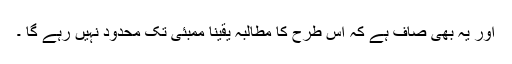
اور یہ بھی صاف ہے کہ اس طرح کا مطالبہ یقینا ممبئی تک محدود نہیں رہے گا ۔